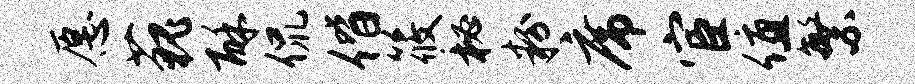
愿藐酥侃偕筱秘粉席宦值繁